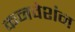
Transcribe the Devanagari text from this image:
कनवेशंन